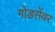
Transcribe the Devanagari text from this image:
गोडसेंवर